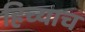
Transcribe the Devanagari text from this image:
हिच्याच